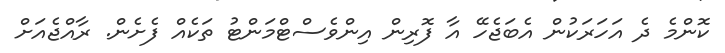
ކޮންމެ ދެ އަހަރަކުން އެބަޖެހޭ އާ ފޮރިން އިންވެސްޓްމަންޓު ތަކެއް ފެށެން. ރާއްޖެއަށް